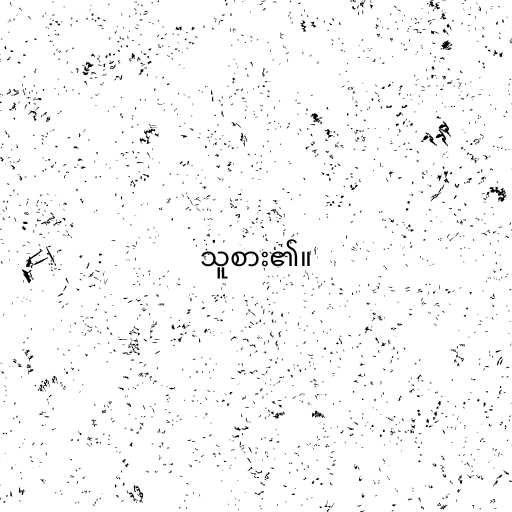
သူစား၏။